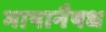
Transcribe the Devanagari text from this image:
भाषानैषध